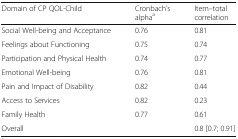
| Domain of CP QOL-Child | Cronbach’s alphaa | Item–total correlation |
 | --- | --- | --- |
 | Social Well-being and Acceptance | 0.76 | 0.81 |
 | Feelings about Functioning | 0.75 | 0.74 |
 | Participation and Physical Health | 0.74 | 0.77 |
 | Emotional Well-being | 0.76 | 0.81 |
 | Pain and Impact of Disability | 0.82 | 0.44 |
 | Access to Services | 0.82 | 0.23 |
 | Family Health | 0.77 | 0.61 |
 | Overall |  | 0.8 [0.7; 0.91] |